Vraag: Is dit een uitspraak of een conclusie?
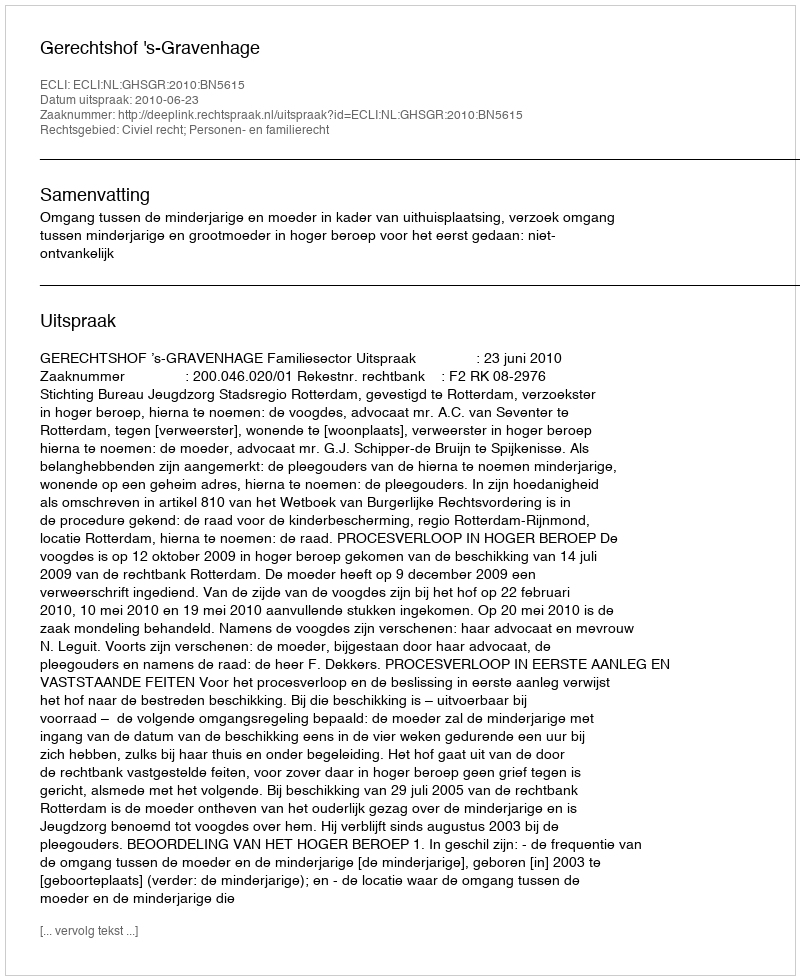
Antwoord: Uitspraak